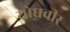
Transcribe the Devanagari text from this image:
योधवीर